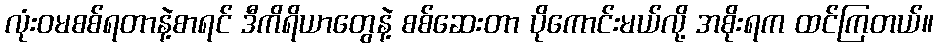
လုံးဝမစစ်ရတာနဲ့စာရင် ဒီကိရိယာတွေနဲ့ စစ်ဆေးတာ ပိုကောင်းမယ်လို့ အစိုးရက ထင်ကြတယ်။